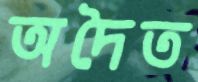
অদৈত